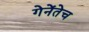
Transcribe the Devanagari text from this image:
गेनेंतेच